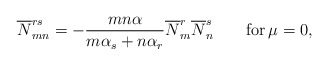
\begin{align*}\overline{N}_{mn}^{rs} = - \frac{mn\alpha}{m\alpha_s + n \alpha_r}\overline{N}_m^r \overline{N}_n^s \qquad {\rm for}\, \mu =0,\end{align*}